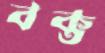
বক্ত